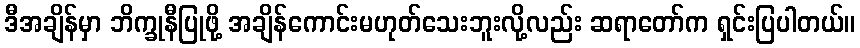
ဒီအချိန်မှာ ဘိက္ခုနီပြုဖို့ အချိန်ကောင်းမဟုတ်သေးဘူးလို့လည်း ဆရာတော်က ရှင်းပြပါတယ်။